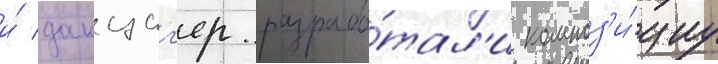
и́ данциг'ер разрабо́тал'и композ'и́циу